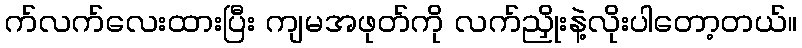
က်လက်လေးထားပြီး ကျမအဖုတ်ကို လက်ညှိုးနဲ့လိုးပါတော့တယ်။